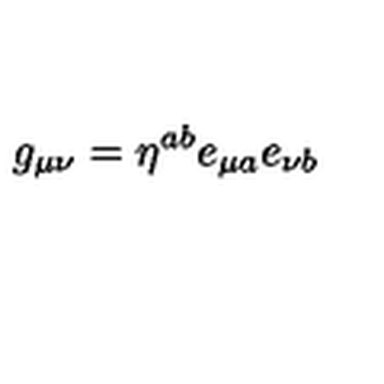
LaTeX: g _ { \mu \nu } = \eta ^ { a b } e _ { \mu a } e _ { \nu b }